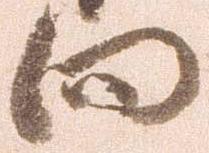
向